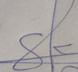
Signature authenticity: genuine